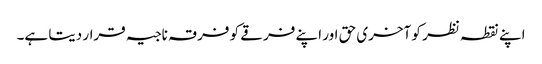
اپنے نقطہ نظر کو آخری حق اور اپنے فرقے کو فرقہ ناجیہ قرار دیتا ہے۔